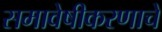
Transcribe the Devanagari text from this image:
समावेषीकरणाचे